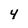
Character: 4